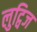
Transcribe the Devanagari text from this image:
लुट्विज